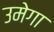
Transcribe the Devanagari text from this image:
उमेगा